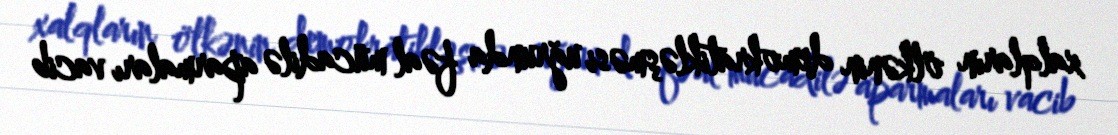
xalqların ölkənin demokratikləşməsi uğrunda fəal mücadilə aparmaları vacib